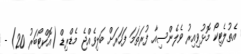
އެތުލެޓިކޯ މޮޅުވިއިރު ވެލެންސިއާ ފުރަތަމަ ފަހަރަށް ބަލިވެއްޖެ މެޑްރިޑް (އޮކްޓޯބަރު 20) -